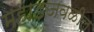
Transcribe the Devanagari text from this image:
महाडजवळील